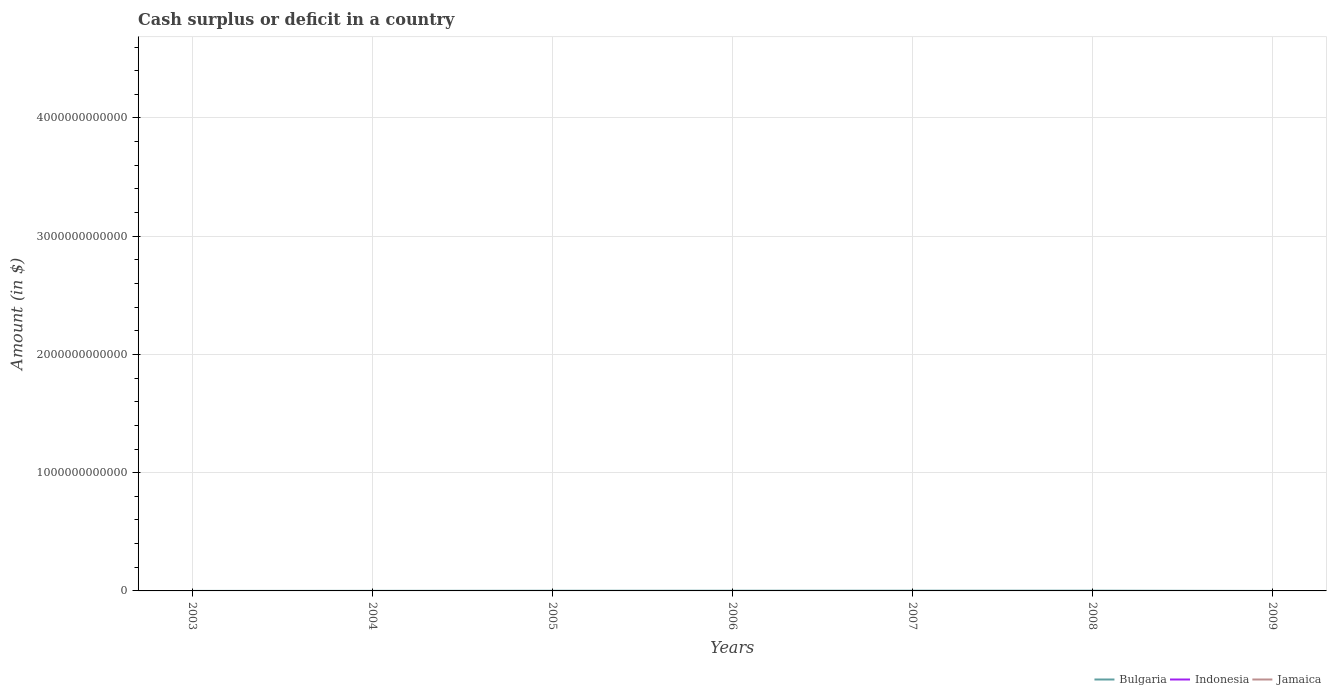
| Years | Bulgaria | Indonesia | Jamaica |
 | --- | --- | --- | --- |
 | 2003 | 6.74e+07 | -3.51e+13 | -1.3e+10 |
 | 2004 | 6.25e+08 | -2.34e+13 | -1.83e+10 |
 | 2005 | 1.47e+09 | -3.49e+12 | -6.09e+09 |
 | 2006 | 1.67e+09 | -2.09e+13 | -1.37e+10 |
 | 2007 | 2e+09 | -4.03e+13 | -3.53e+10 |
 | 2008 | 2.13e+09 | -1.66e+13 | -5.82e+10 |
 | 2009 | -6.47e+07 | -9.37e+13 | -9.99e+10 |